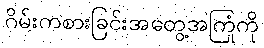
ဂိမ်းကစားခြင်းအတွေ့အကြုံကို